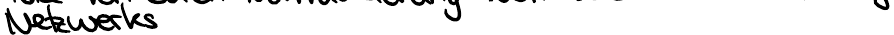
Netzwerks